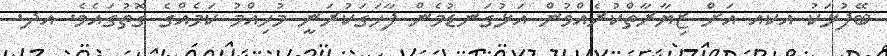
ބޭފުޅަކު އކއ އަށް ޒިޔާރާތްކުރެއްވުން އަޅުގަނޑުމެން ފާހަގަކުރަނީ މުހިއްމު ކަމެއްގެ ގޮތުގައެވެ. އދ.